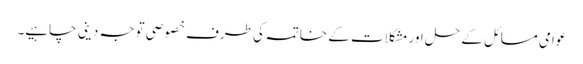
عوامی مسائل کے حل اور مشکلات کے خاتمہ کی طرف خصوصی توجہ دینی چاہیے۔